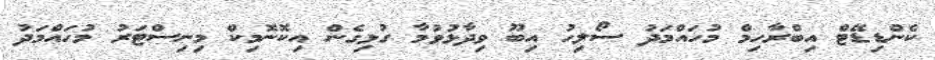
ކެންޑިޑޭޓް އިބްރާހިމް މުހައްމަދު ސޯލިހު އިބޫ ވިދާޅުވުމާ ގުޅިގެން އިކޮނޮމިކް މިނިސްޓަރު މުހައްމަދު